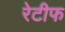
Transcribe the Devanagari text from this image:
रेटीफ